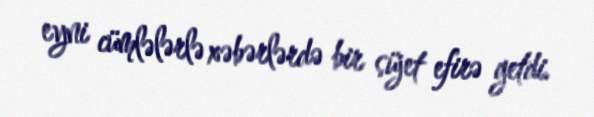
eyni cümlələrlə xəbərlərdə bir süjet efirə getdi.